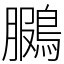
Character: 鵩